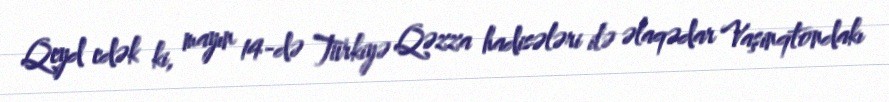
Qeyd edək ki, mayın 14-də Türkiyə Qəzza hadisələri ilə əlaqədar Vaşinqtondakı